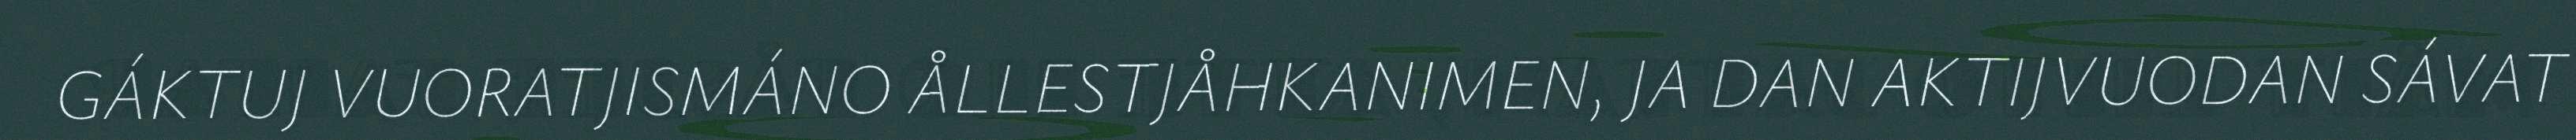
GÁKTUJ VUORATJISMÁNO ÅLLESTJÅHKANIMEN, JA DAN AKTIJVUODAN SÁVAT